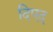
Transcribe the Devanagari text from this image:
दिएद